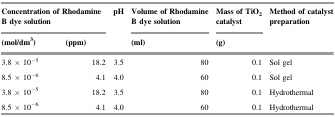
<table><thead><tr><td colspan="2"><b>Concentration of Rhodamine B dye solution</b></td><td rowspan="2"><b>pH</b></td><td><b>Volume of Rhodamine B dye solution</b></td><td><b>Mass of TiO<sub>2</sub> catalyst</b></td><td rowspan="2"><b>Method of catalyst preparation</b></td></tr><tr><td><b>(mol/dm<sup>3</sup>)</b></td><td><b>(ppm)</b></td><td><b>(ml)</b></td><td><b>(g)</b></td></tr></thead><tbody><tr><td>3.8 × 10<sup>−5</sup></td><td>18.2</td><td>3.5</td><td>80</td><td>0.1</td><td>Sol gel</td></tr><tr><td>8.5 × 10<sup>−6</sup></td><td>4.1</td><td>4.0</td><td>60</td><td>0.1</td><td>Sol gel</td></tr><tr><td>3.8 × 10<sup>−5</sup></td><td>18.2</td><td>3.5</td><td>80</td><td>0.1</td><td>Hydrothermal</td></tr><tr><td>8.5 × 10<sup>−6</sup></td><td>4.1</td><td>4.0</td><td>60</td><td>0.1</td><td>Hydrothermal</td></tr></tbody></table>